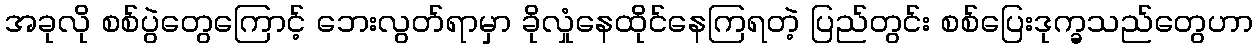
အခုလို စစ်ပွဲတွေကြောင့် ဘေးလွတ်ရာမှာ ခိုလှုံနေထိုင်နေကြရတဲ့ ပြည်တွင်း စစ်ပြေးဒုက္ခသည်တွေဟာ